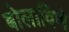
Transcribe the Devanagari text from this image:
बोलाविणे